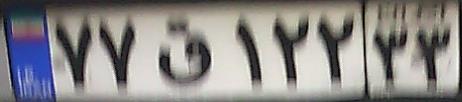
۷۷ق۱۲۲۳۳